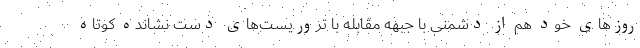
روزهای خود هم از دشمنی با جبهه مقابله با تروریست‌های دست نشانده کوتاه